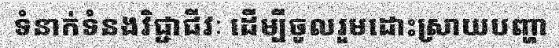
ទំនាក់ទំនងវិជ្ជាជីវៈ ដើម្បីចូលរួមដោះស្រាយបញ្ហា